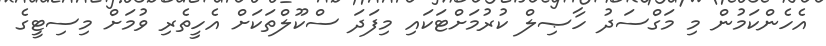
އެހެންކަމުން މި މަގްސަދު ހާޞިލް ކުރުމަށްޓަކައި މިފަދަ ސްކޫލްތަކަށް އެހީތެރި ވުމަަށް މިސިޓީގެ